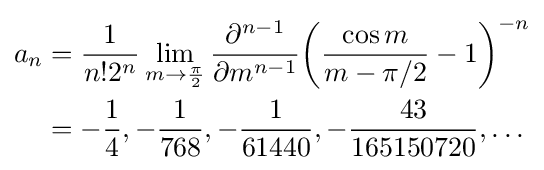
{\begin{aligned}a_{n}&={\frac {1}{n!2^{n}}}\lim _{m\to {\frac {\pi }{2}}}{\frac {\partial ^{n-1}}{\partial m^{n-1}}}{\left({\frac {\cos m}{m-\pi /2}}-1\right)^{-n}}\\&=-{\frac {1}{4}},-{\frac {1}{768}},-{\frac {1}{61440}},-{\frac {43}{165150720}},\ldots \end{aligned}}